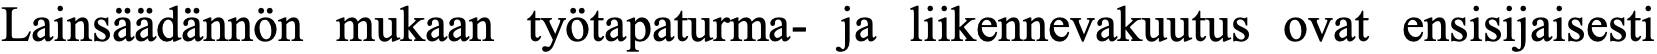
Lainsäädännön mukaan työtapaturma- ja liikennevakuutus ovat ensisijaisesti